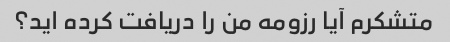
متشکرم آیا رزومه من را دریافت کرده اید؟